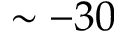
\sim - 3 0